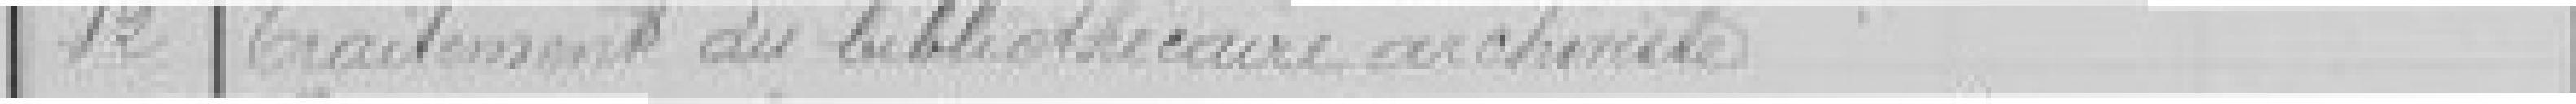
12 Traitement du bibliothécaire archiviste